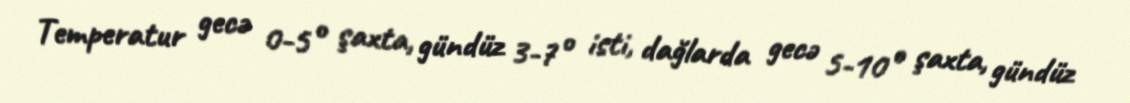
Temperatur gecə 0-5° şaxta, gündüz 3-7° isti, dağlarda gecə 5-10° şaxta, gündüz